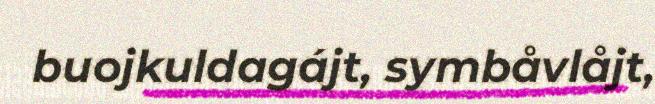
buojkuldagájt, symbåvlåjt,